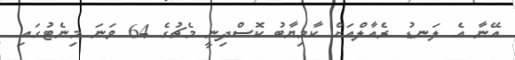
އޭނާ އެ ލަނޑު ރެއާލްއަށް ކާމިޔާބު ކޮސްދިނީ މެޗުގެ 64 ވަނަ މިނެޓުގައި